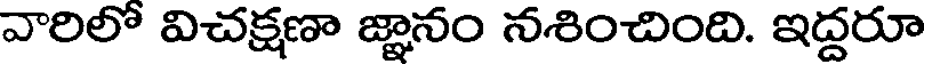
వారిలో విచక్షణా జ్ఞానం నశించింది. ఇద్దరూ